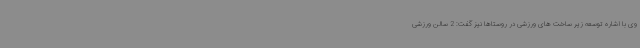
وی با اشاره توسعه زیر ساخت های ورزشی در روستاها نیز گفت: 2 سالن ورزشی